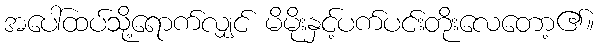
အပေါ်ထပ်သို့ရောက်လျှင် မိမိုးနှင့်ပက်ပင်းတိုးလေတော့၏။